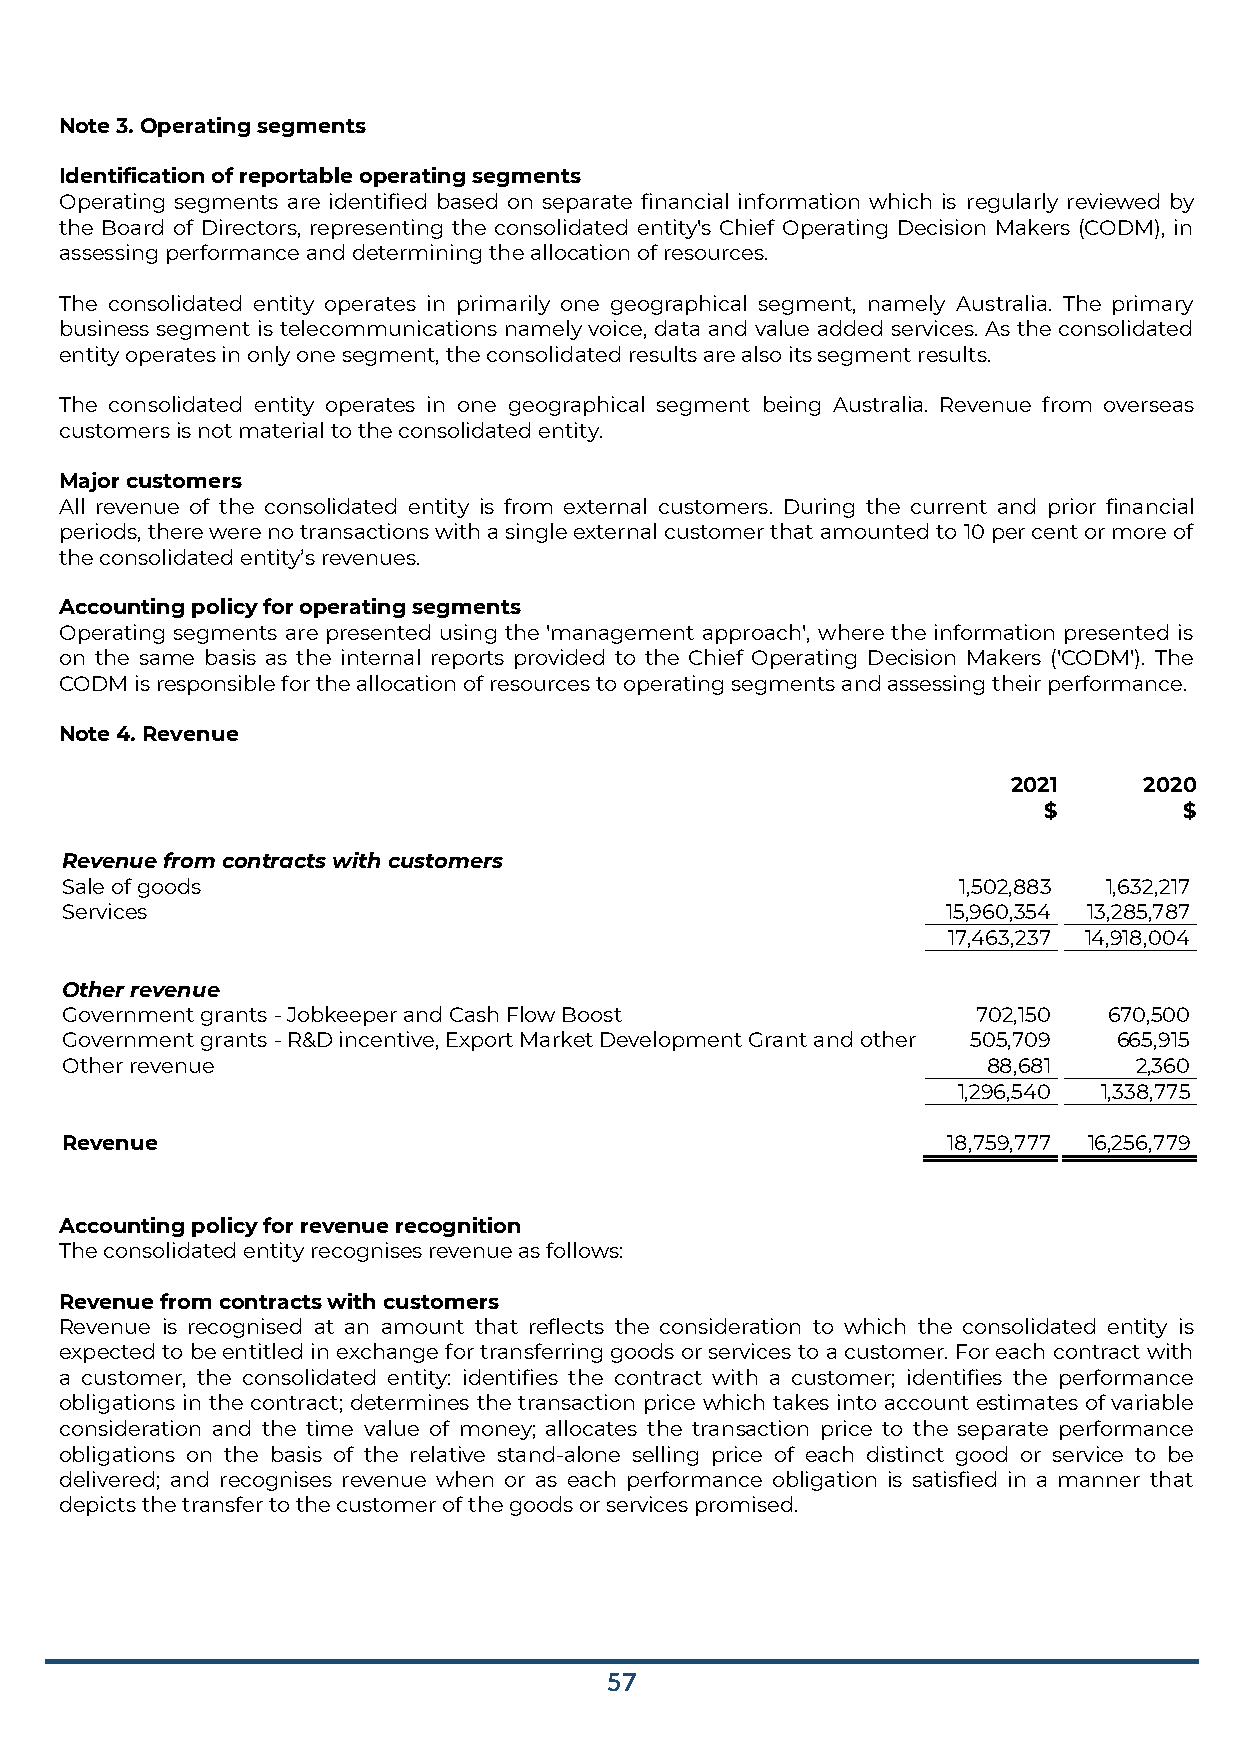
Note 3. Operating segments
 Identification of reportable operating segments
 Operating segments are identified based on separate financial information which is regularly reviewed by
 the Board of Directors, representing the consolidated entity's Chief Operating Decision Makers (CODM), in
 assessing performance and determining the allocation of resources.
 The consolidated entity operates in primarily one geographical segment, namely Australia. The primary
 business segment is telecommunications namely voice, data and value added services. As the consolidated
 entity operates in only one segment, the consolidated results are also its segment results.
 The consolidated entity operates in one geographical segment being Australia. Revenue from overseas
 customers is not material to the consolidated entity.
 Major customers
 All revenue of the consolidated entity is from external customers. During the current and prior financial
 periods, there were no transactions with a single external customer that amounted to 10 per cent or more of
 the consolidated entity’s revenues.
 Accounting policy for operating segments
 Operating segments are presented using the 'management approach', where the information presented is
 on the same basis as the internal reports provided to the Chief Operating Decision Makers ('CODM'). The
 CODM is responsible for the allocation of resources to operating segments and assessing their performance.
 Note 4. Revenue
 2021     2020
 $        $
 Revenue from contracts with customers
 Sale of goods                                              1,502,883 1,632,217
 Services                                                   15,960,354 13,285,787
 17,463,237 14,918,004
 Other revenue
 Government grants - Jobkeeper and Cash Flow Boost            702,150 670,500
 Government grants - R&D incentive, Export Market Development Grant and other 505,709 665,915
 Other revenue                                                88,681    2,360
 1,296,540 1,338,775
 Revenue                                                    18,759,777 16,256,779
 Accounting policy for revenue recognition
 The consolidated entity recognises revenue as follows:
 Revenue from contracts with customers
 Revenue is recognised at an amount that reflects the consideration to which the consolidated entity is
 expected to be entitled in exchange for transferring goods or services to a customer. For each contract with
 a customer, the consolidated entity: identifies the contract with a customer; identifies the performance
 obligations in the contract; determines the transaction price which takes into account estimates of variable
 consideration and the time value of money; allocates the transaction price to the separate performance
 obligations on the basis of the relative stand-alone selling price of each distinct good or service to be
 delivered; and recognises revenue when or as each performance obligation is satisfied in a manner that
 depicts the transfer to the customer of the goods or services promised.
 57